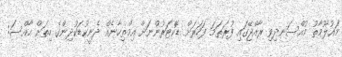
މައުލޫމާތު މުއްސަނދިވި ރާއްޖޭގައި ފުރަތަމަ ފަހަރަށް ޑޮކްޓަރުންނަށް އިމްތިހާނެއް ދެނީކުޑަކުދިންގެ ހިތަށް ހާއްސަ: